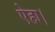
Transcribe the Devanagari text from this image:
ऐहा।